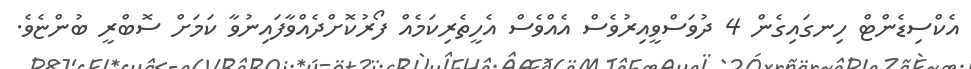
އެކްސިޑެންޓް ހިނގައިގެން 4 ދުވަސްވީއިރުވެސް އެއްވެސް އެހީތެރިކަމެއް ފޯރުކޮށްދެއްވާފައިނުވާ ކަމަށް ސޮބްރީ ބުންޏެވެ.